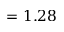
= 1 . 2 8